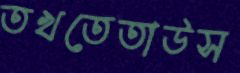
তখতেতাউস